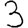
Digit: 3